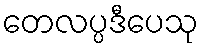
တေလပ္ပဒီပေသု